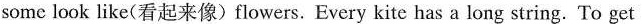
some look like(看起来像)flowers. Every kite has a long string. To get